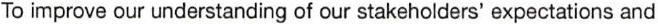
To improve our understanding of our stakeholders' expectations and